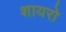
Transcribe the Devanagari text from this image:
शायरो